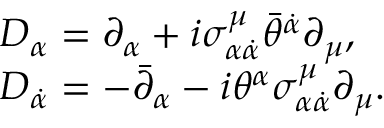
\begin{array} { l l } { { D _ { \alpha } = \partial _ { \alpha } + i \sigma _ { \alpha \dot { \alpha } } ^ { \mu } \bar { \theta } ^ { \dot { \alpha } } \partial _ { \mu } , } } \\ { { D _ { \dot { \alpha } } = - \bar { \partial } _ { \alpha } - i \theta ^ { \alpha } \sigma _ { \alpha \dot { \alpha } } ^ { \mu } \partial _ { \mu } . } } \end{array}